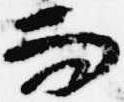
而